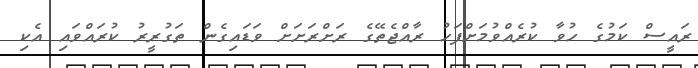
ރައީސް ކަމުގެ ހުވާ ކުރެއްވުމަށްފަހު ރާއްޖެތޭގެ ރަށްރަށަށް ވަޑައިގެން ތަގުރީރު ކުރައްވައި އެކި